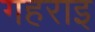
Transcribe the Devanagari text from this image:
गहराइ